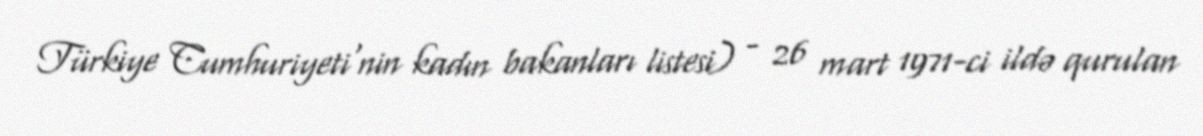
Türkiye Cumhuriyeti'nin kadın bakanları listesi) - 26 mart 1971-ci ildə qurulan